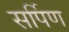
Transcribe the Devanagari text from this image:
सर्पिण